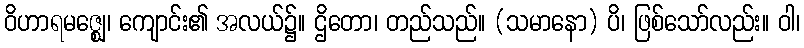
ဝိဟာရမဇ္ဈေ၊ ကျောင်း၏ အလယ်၌။ ဌိတော၊ တည်သည်။ (သမာနော) ပိ၊ ဖြစ်သော်လည်း။ ဝါ၊